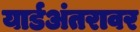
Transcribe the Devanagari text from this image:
यार्डअंतरावर